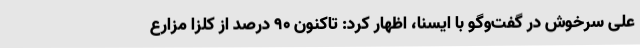
علی سرخوش در گفت‌وگو با ایسنا، اظهار کرد: تاکنون 90 درصد از کلزا مزارع